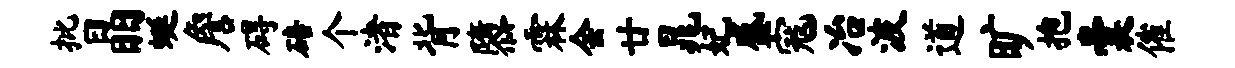
批晶蜒詹碍碚个渚背隳霖会廿晁妃盛寇冶波道旷抱囊催